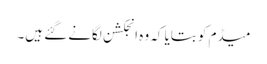
میڈم کو بتایا کہ وہ انجکشن لگانے گئے ہیں۔